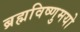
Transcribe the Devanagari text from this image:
ब्रह्मविष्णुमयो